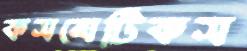
কসমেটিকস